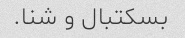
بسکتبال و شنا.